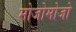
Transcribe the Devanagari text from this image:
मोजोमोजो